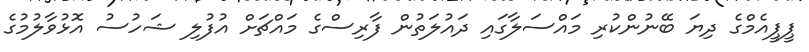
ޕީޕީއެމްގެ ދިޔަ ބޭނުންކުރި މައްސަލާގައި ދައުލަތުން ފާރިސްގެ މައްޗަށް އުފުލި ޝަހުސު އޮޅުވާލުމުގެ